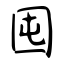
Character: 囤